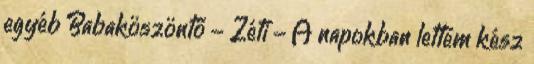
egyéb Babaköszöntő - Zéti - A napokban lettem kész